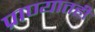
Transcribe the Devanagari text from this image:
प्राण्यातही